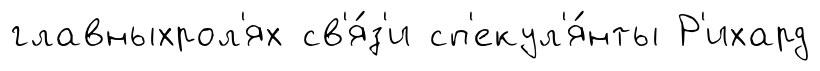
главныхрол'ях св'я́з'и сп'екул'я́нты Р'ихард